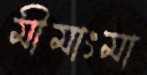
মীমাংমা